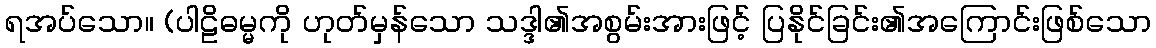
ရအပ်သော။ (ပါဠိဓမ္မကို ဟုတ်မှန်သော သဒ္ဒါ၏အစွမ်းအားဖြင့် ပြနိုင်ခြင်း၏အကြောင်းဖြစ်သော